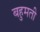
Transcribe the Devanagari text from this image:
बहुमती